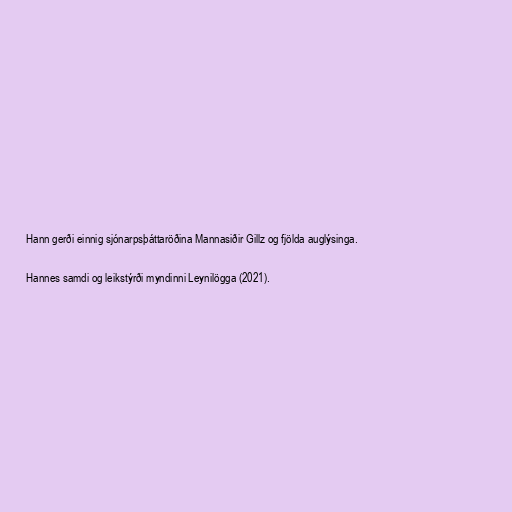
Hann gerði einnig sjónarpsþáttaröðina Mannasiðir Gillz og fjölda auglýsinga.

Hannes samdi og leikstýrði myndinni Leynilögga (2021).